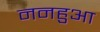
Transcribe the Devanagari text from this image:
ननहुआ